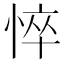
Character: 悴